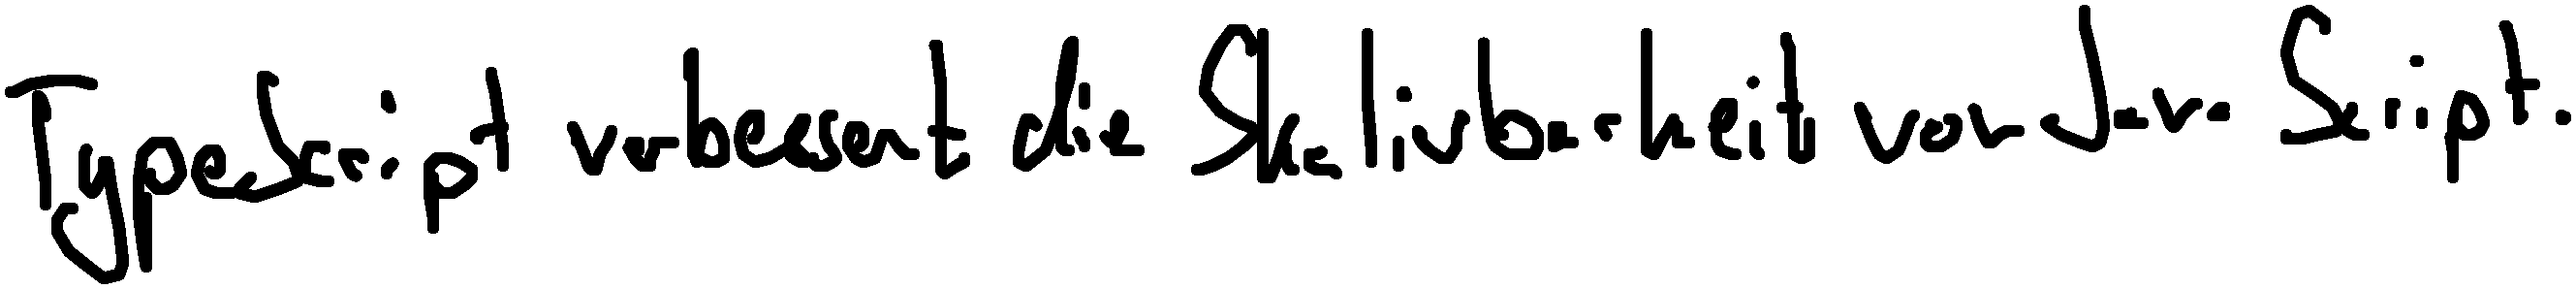
TypeScript verbessert die Skalierbarkeit von JavaScript.